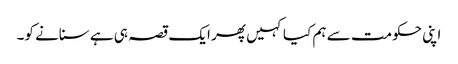
اپنی حکومت سے ہم کیا کہیں پھر ایک قصہ ہی ہے سنانے کو۔